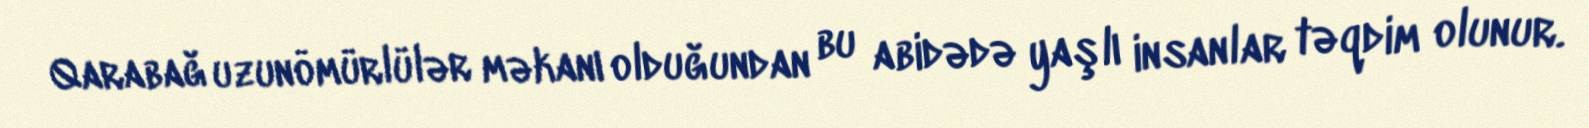
Qarabağ uzunömürlülər məkanı olduğundan bu abidədə yaşlı insanlar təqdim olunur.